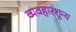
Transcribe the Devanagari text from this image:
व्यवहारशून्य